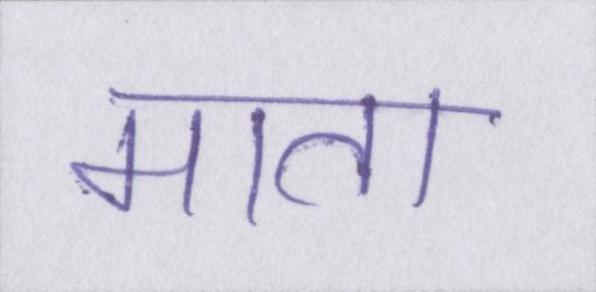
माता